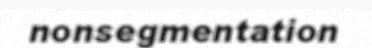
nonsegmentation